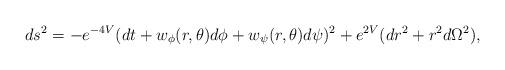
LaTeX: \begin{align*}ds^{2}=-e^{-4V}(dt+w_{\phi }(r,\theta )d\phi + w_{\psi }(r,\theta )d\psi)^{2}+e^{2V}(dr^{2}+r^{2}d\Omega ^{2}), \end{align*}